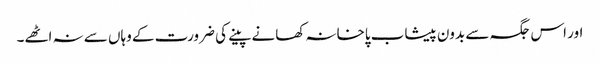
اور اس جگہ سے بدون پیشاب پاخانہ کھانے پینے کی ضرورت کے وہاں سے نہ اٹھے۔